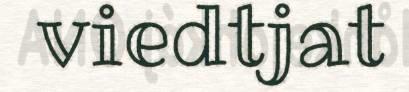
viedtjat